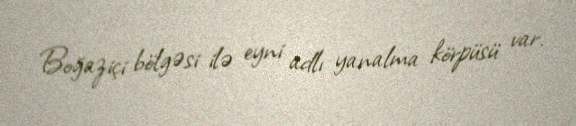
Boğaziçi bölgəsi ilə eyni adlı yanalma körpüsü var.